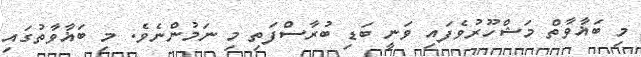
މި ބަޣާވާތް މަޝްހޫރުވެފައި ވަނީ ބަޑި ބުރާސްފަތި މި ނަމުންނެވެ. މި ބަޣާވާތުގައި